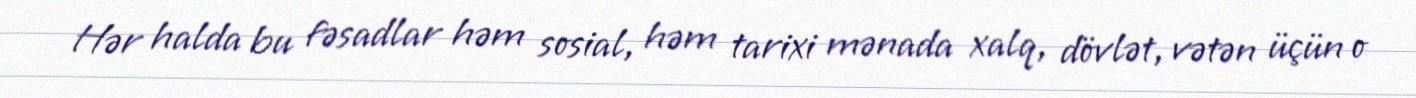
Hər halda bu fəsadlar həm sosial, həm tarixi mənada xalq, dövlət, vətən üçün o